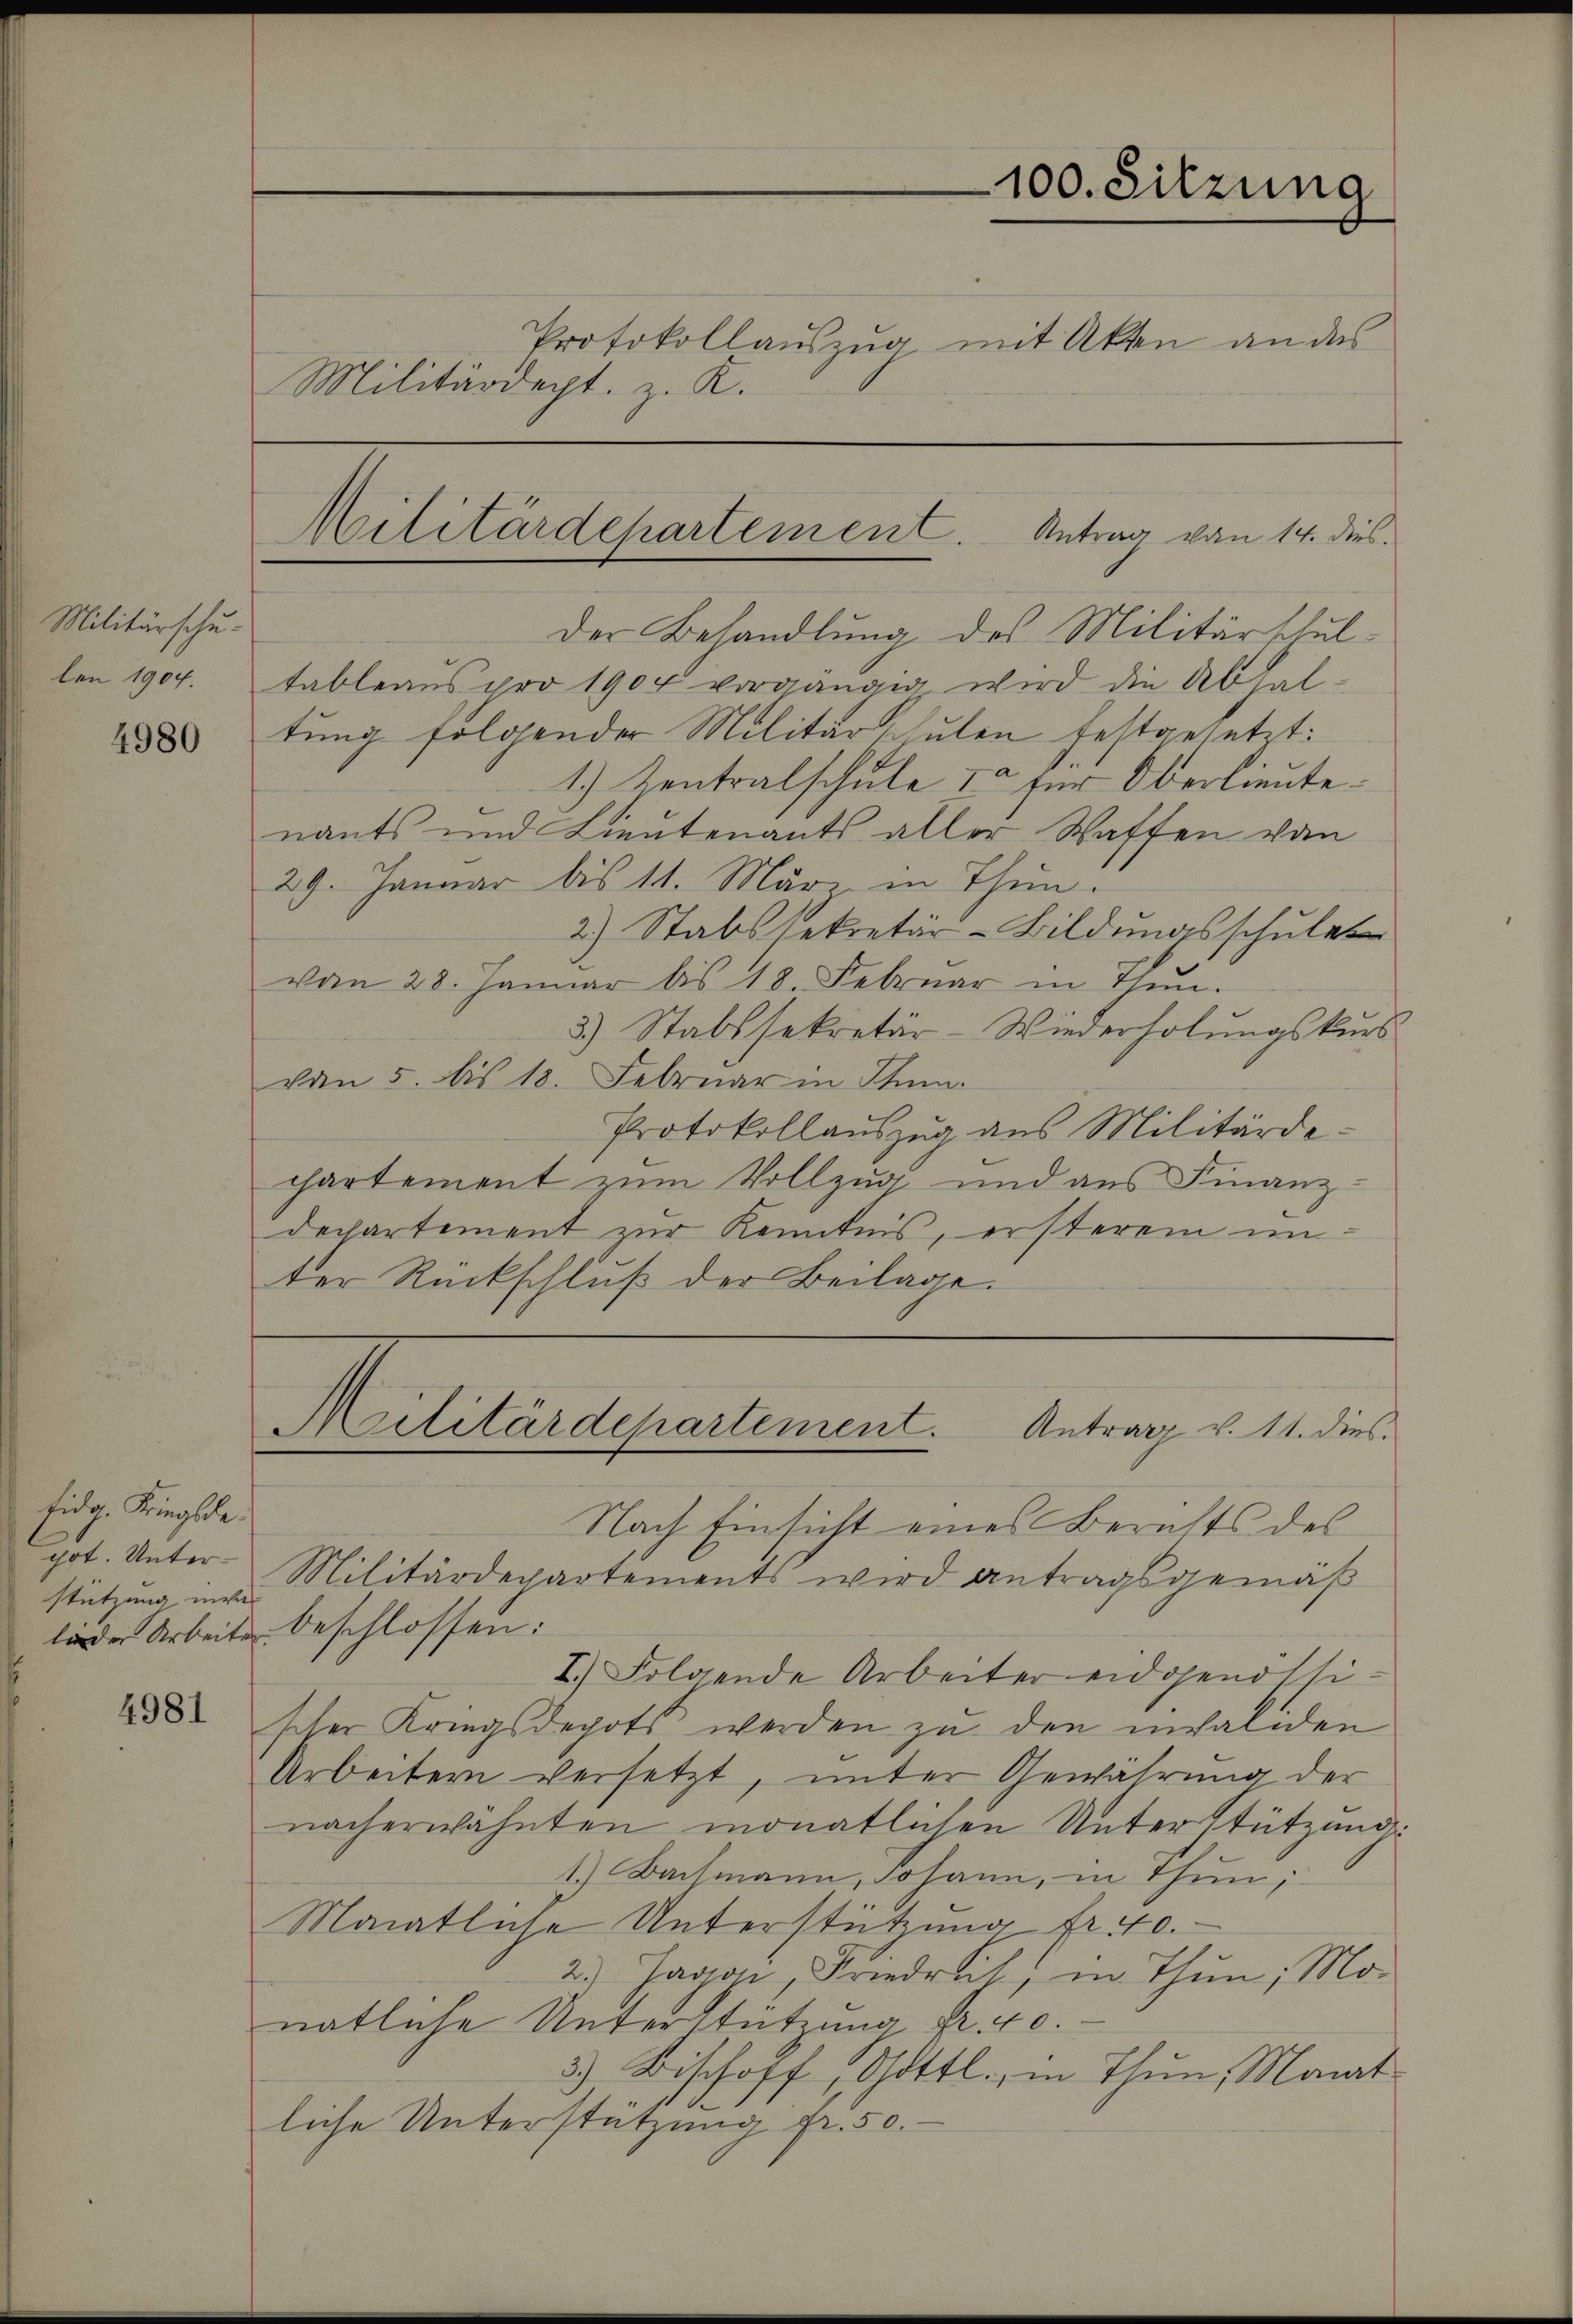
Militärschulen 1904.

4980

fidg. Kriegsdestützung inver

4981

100. Sitzung
Protokollauszug mit Akten an das

Militärdepartement. Antrag von 14. dies

Der Behandlung des Militärschultableaus pro 1904 vorgängig wird die Abhaltung folgender Militärschulen festgesetzt:
1.) Zentralschule 10 für Oberlieute.
nants und Lieutenants aller Waffen von
29. Januar bis 11. März in Thun.
2.) Stabssekretär-Bildungsschule
vom 28. Januar bis 18. Februar in thŭn.
3.) Stabssekretär - Wiederholungskurs
von 5. bis 18. Februar in Thun.
Protokollauszug aus Militärdechartement zum Vollzug und aus Finanz-
dechartement zur Kenntnis, ersterem unter Rückschluß der Beilage.

Militärdept. z. K.

got. Unter-Militärdepartements wird antragsgemäβ
lieder Arbeite beschlossen:
I. Folgende Arbeiter eidgenössischer Kriegsdepots werden zu den invaliden
Arbeitern versetzt, unter Gewährung der
nacherwähnten monatlichen Unterstützunge
1.) Bachmann, Johann, in Thun;
Monatliche Unterstützung fr. 10.
2.) Jaggi, Friederit, in Thun; Mo-
natliche Unterstützung fr. 40.
3.) Bischoff „Gottl., in Thun, Monat
liche Unterstützung fr. 50.

Militärdepartement. Antrag v. 11. dies
Nach Einsicht eines Berichts des